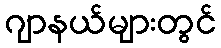
ဂျာနယ်များတွင်